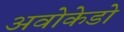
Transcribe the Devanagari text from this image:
अवोकेडो